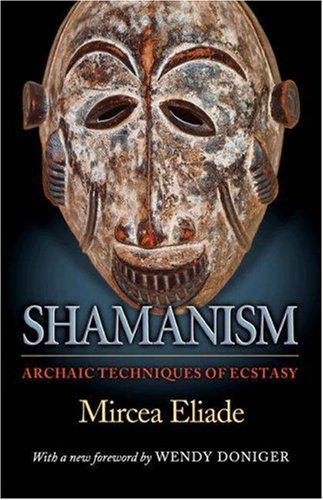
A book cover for Shamanism: Archaic Techniques of Ecstasy (Bollingen Series (General)); Mircea Eliade; Religion & Spirituality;